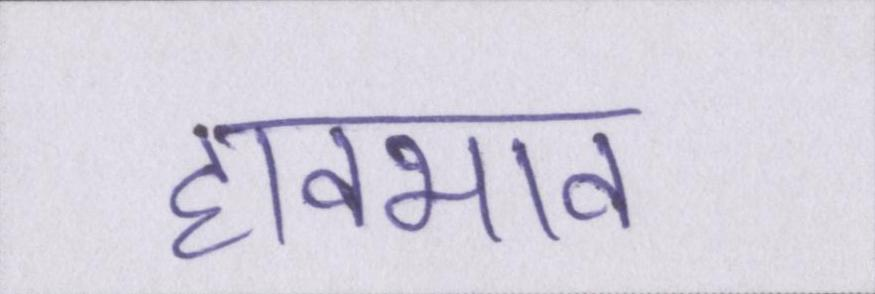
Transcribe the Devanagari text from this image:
हावभाव